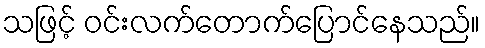
သဖြင့် ဝင်းလက်တောက်ပြောင်နေသည်။